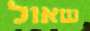
שאול